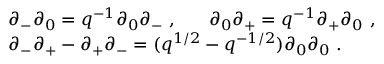
\begin{array} { l } { { \partial _ { - } \partial _ { 0 } = q ^ { - 1 } \partial _ { 0 } \partial _ { - } ~ , ~ ~ ~ ~ ~ \partial _ { 0 } \partial _ { + } = q ^ { - 1 } \partial _ { + } \partial _ { 0 } ~ , } } \\ { { \partial _ { - } \partial _ { + } - \partial _ { + } \partial _ { - } = ( q ^ { 1 / 2 } - q ^ { - 1 / 2 } ) \partial _ { 0 } \partial _ { 0 } ~ . } } \end{array}